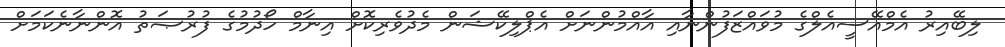
ލިބޭއިރު އެމްއޭސީއެލްގެ މުވައްޒަފުންނާއި އާއްމުންނަށް އެޕްލިކޭޝަން މެދުވެރިކޮށް އިނާމް ހޯދުމުގެ ފުރުޞަތު އޮންނާނެކަމަށް